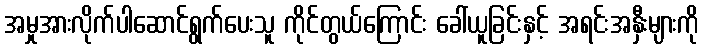
အမှုအားလိုက်ပါဆောင်ရွက်ပေးသူ ကိုင်တွယ်ကြောင်း ခေါ်ယူခြင်းနှင့် အရင်းအနှီးများကို